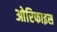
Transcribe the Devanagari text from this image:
ओरिफाइस